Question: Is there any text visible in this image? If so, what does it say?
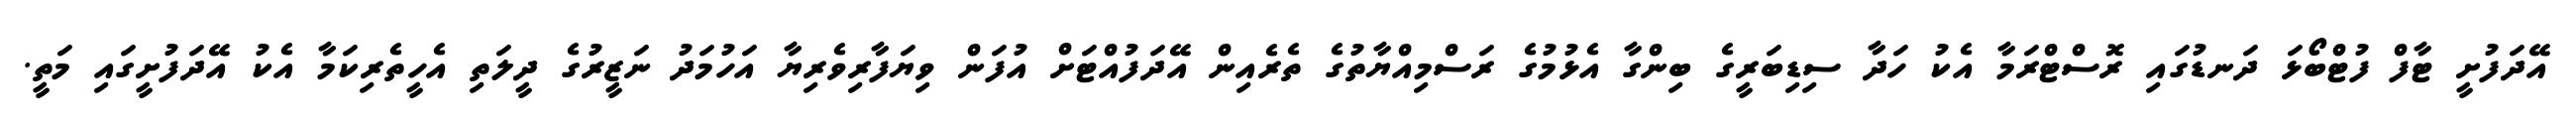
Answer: އޭދަފުށީ ޓާފް ފުޓްބޯޅަ ދަނޑުގައި ރޮސްޓްރަމާ އެކު ހަދާ ސިޑިބަރީގެ ބިންގާ އެޅުމުގެ ރަސްމިއްޔާތުގެ ތެރެއިން އޭދަފުއްޓަށް އުފަން ވިޔަފާރިވެރިޔާ އަހުމަދު ނަޒީރުގެ ދީލަތި އެހީތެރިކަމާ އެކު އޭދަފުށީގައި މަތީ.